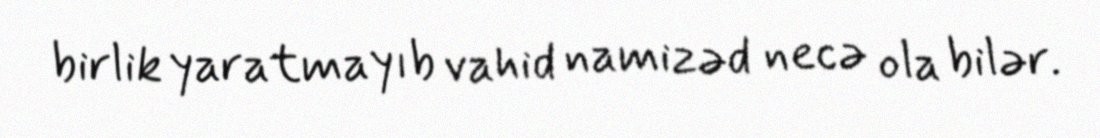
birlik yaratmayıb vahid namizəd necə ola bilər.